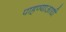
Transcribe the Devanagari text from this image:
पाहण्याआधी